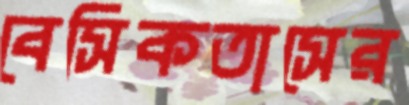
বেসিকতাসের